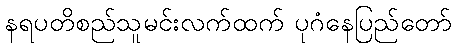
နရပတိစည်သူမင်းလက်ထက် ပုဂံနေပြည်တော်